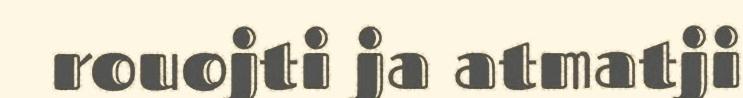
rouojti ja atmatji